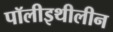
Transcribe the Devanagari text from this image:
पॉलीइथीलीन